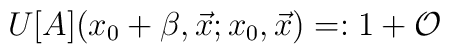
U[A](x_0+\beta,\vec x;x_0,\vec x) =: 1 + {\cal O}